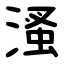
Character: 溞